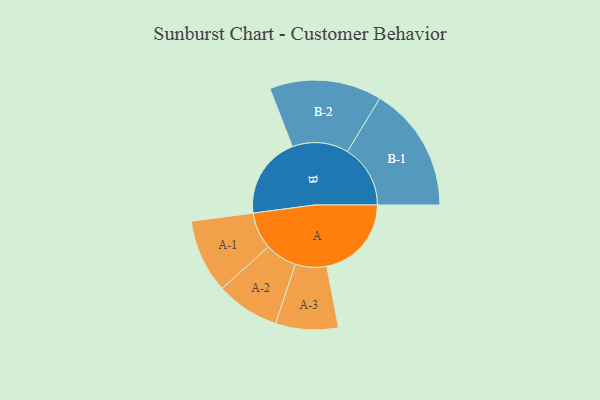
{"axis": {"x": "Segment", "y": "Value"}, "legend": ["", "A", "B"], "data": [{"x": "A", "y": 365, "type": ""}, {"x": "B", "y": 352, "type": ""}, {"x": "A-1", "y": 159, "type": "A"}, {"x": "A-2", "y": 137, "type": "A"}, {"x": "A-3", "y": 135, "type": "A"}, {"x": "B-1", "y": 271, "type": "B"}, {"x": "B-2", "y": 242, "type": "B"}]}